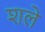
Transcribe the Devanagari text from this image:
शले